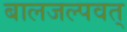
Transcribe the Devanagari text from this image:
बालजल्पवत्